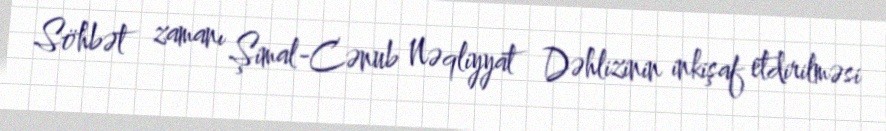
Söhbət zamanı Şimal-Cənub Nəqliyyat Dəhlizinin inkişaf etdirilməsi